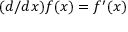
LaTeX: ( d / d x ) f ( x ) = f ^ { \prime } ( x )